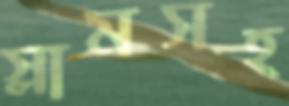
স্লামসহ